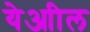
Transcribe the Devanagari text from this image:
येआील